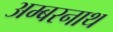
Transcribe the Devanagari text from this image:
अम्‍बरनाथ